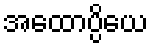
အထောပ္ပိယေ